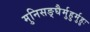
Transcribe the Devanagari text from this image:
मुनिसङ्घैर्मुहुर्मुहुः